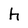
Character: h